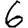
Digit: 6